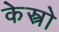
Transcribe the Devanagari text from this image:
केस्त्रो